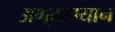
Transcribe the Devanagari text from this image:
अणूंदरम्यान